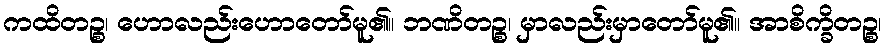
ကထိတဉ္စ၊ ဟောလည်းဟောတော်မူ၏။ ဘဏိတဉ္စ၊ မှာလည်းမှာတော်မူ၏။ အာစိက္ခိတဉ္စ၊